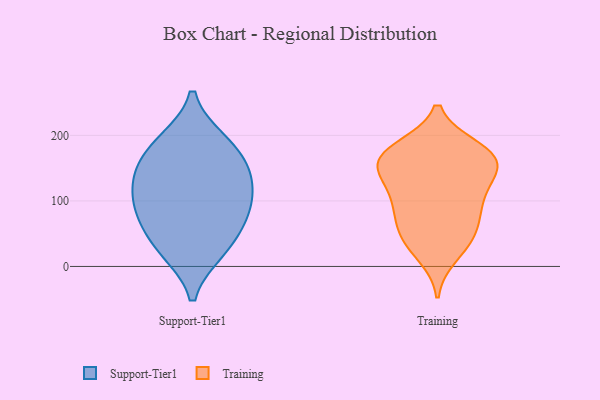
{"axis": {"x": "Bounce Rate (%)", "y": "Value"}, "legend": ["Support-Tier1", "Training"], "data": [{"x": "", "y": 24, "type": "Support-Tier1"}, {"x": "", "y": 157, "type": "Support-Tier1"}, {"x": "", "y": 77, "type": "Support-Tier1"}, {"x": "", "y": 84, "type": "Support-Tier1"}, {"x": "", "y": 58, "type": "Support-Tier1"}, {"x": "", "y": 149, "type": "Support-Tier1"}, {"x": "", "y": 192, "type": "Support-Tier1"}, {"x": "", "y": 138, "type": "Support-Tier1"}, {"x": "", "y": 190, "type": "Support-Tier1"}, {"x": "", "y": 23, "type": "Support-Tier1"}, {"x": "", "y": 107, "type": "Support-Tier1"}, {"x": "", "y": 112, "type": "Support-Tier1"}, {"x": "", "y": 148, "type": "Training"}, {"x": "", "y": 157, "type": "Training"}, {"x": "", "y": 109, "type": "Training"}, {"x": "", "y": 141, "type": "Training"}, {"x": "", "y": 42, "type": "Training"}, {"x": "", "y": 107, "type": "Training"}, {"x": "", "y": 17, "type": "Training"}, {"x": "", "y": 181, "type": "Training"}, {"x": "", "y": 147, "type": "Training"}, {"x": "", "y": 176, "type": "Training"}, {"x": "", "y": 51, "type": "Training"}, {"x": "", "y": 158, "type": "Training"}, {"x": "", "y": 38, "type": "Training"}, {"x": "", "y": 181, "type": "Training"}, {"x": "", "y": 82, "type": "Training"}, {"x": "", "y": 72, "type": "Training"}, {"x": "", "y": 169, "type": "Training"}, {"x": "", "y": 97, "type": "Training"}]}